Medical and sanitary report of the native army of Bengal for the year
Year: 1876
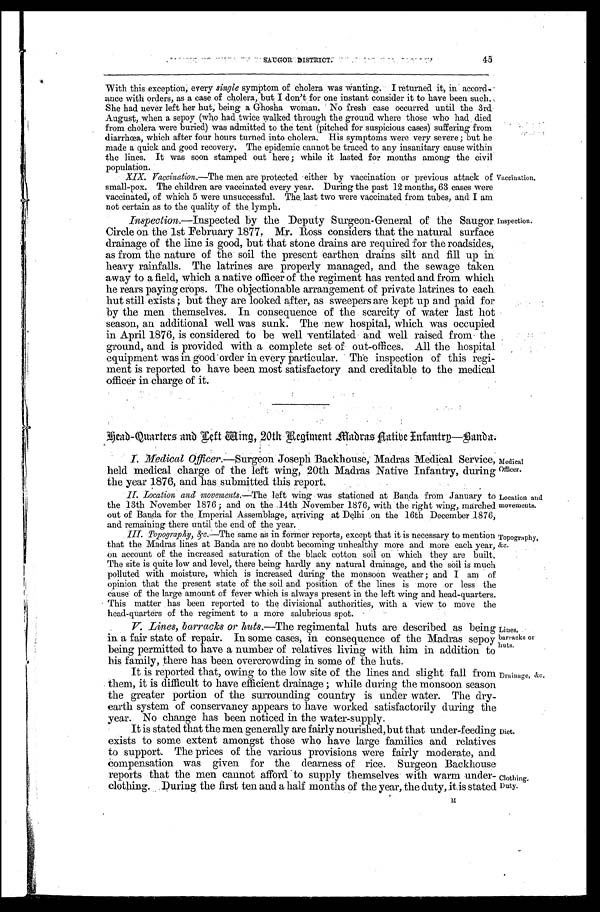
•
SAUGOR DISTRICT
45
With this exception, every single symptom of cholera was wanting. I returned it, in . accord-
ance with orders, as a case of cholera, but I don’t for one instant consider it to have been such.
She had never left her hut, being a Ghosha woman. No fresh case occurred until the 3rd
August, when a sepoy (who had twice walked through the ground where those who had died
from cholera were buried) was admitted to the tent (pitched for suspicious cases) suffering from
diarrhœa, which after four hours turned into cholera. His symptoms were very severe; but he
made a quick and good recovery. The epidemic cannot be traced to any insanitary cause within
the lines. It was soon stamped out here; while it lasted for months among the civil
population.
XIX. Vaccination.—The men are protected either by vaccination or previous attack of
small-pox. The children are vaccinated every year. During the past 12 months, 63 cases were
vaccinated, of which 5 were unsuccessful. The last two were vaccinated from tubes, and I am
not certain as to the quality of the lymph.
Vaccination.
Inspection.—Inspected by the Deputy Surgeon-General of the Saugor.
Circle on the 1st February 1877. Mr. Ross considers that the natural surface
drainage of the line is good, but that stone drains are required for the roadsides,
as from the nature of the soil the present earthen drains silt and fill up in
heavy rainfalls. The latrines are properly managed, and the sewage taken
away to a field, which a native officer of the regiment has rented and from which
he rears paying crops. The objectionable arrangement of private latrines to each
hut still exists ; but they are looked after, as sweepers are kept up and paid for
by the men themselves. In consequence of the scarcity of water last hot
season, an additional well was sunk. The new hospital, which was occupied
in April 1876, is considered to be well ventilated and well raised from the
ground, and is provided with a complete set of out-offices. All the hospital
equipment was in good order in every particular. The inspection of this regi-
ment is reported to have been most satisfactory and creditable to the medical
officer in charge of it.
Inspection.
Head-Quarters and Left Wing, 20th Regiment Madras Native Infantry—Banda.
I. Medical Officer.—Surgeon Joseph Backhouse, Madras Medical Service,
held medical charge of the left wing, 20th Madras Native Infantry, during
the year 1876, and has submitted this report.
II. Location and movements. —The left wing was stationed at Banda from January to
the 13th November 1876 ; and on the 14th November 1876, with the right wing, marched
out of Banda for the Imperial Assemblage, arriving at Delhi on the 16th December 1876,
and remaining there until the end of the year.
Medical
Officer.
Location and
movements.
III. Topography,&c. —The same as in former reports, except that it is necessary to mention
that the Madras lines at Banda are no doubt becoming unhealthy more and more each year,
on account of the increased saturation of the black cotton soil on which they are built.
The site is quite low and level, there being hardly any natural drainage, and the soil is much
polluted with moisture, which is increased during the monsoon weather ; and I am of
opinion that the present state of the soil and position of the lines is more or less the
cause of the large amount of fever which is always present in the left wing and head-quarters.
This matter has been reported to the divisional authorities, with a view to move the
head-quarters of the regiment to a more salubrious spot.
V. Lines, barracks or huts. —The regimental huts are described as being
in a fair state of repair. In some cases, in consequence of the Madras sepoy
being permitted to have a number of relatives living with him in addition to
his family, there has been overcrowding in some of the huts.
I It is reported that, owing to the low site of the lines and slight fall from
them, it is difficult to have efficient drainage ; while during the monsoon
season
the greater portion of the surrounding country is under water. The dry-
earth system of conservancy appears to have worked satisfactorily during the
year. No change has been noticed in the water-supply.
It is stated that the men generally are fairly nourished, but that under-feeding
exists to some extent amongst those who have large families and relatives
to support. The prices of the various provisions were fairly moderate, and
compensation was given for the dearness of rice. Surgeon Backhouse
reports that the men cannot afford to supply themselves with warm under
clothing. During the first ten and a half months of the year, the duty, it is stated
Topography,
&c.
Lines,
barracks or
huts.
Drainage, &c.
Diet.
Clothing.
Duty.